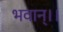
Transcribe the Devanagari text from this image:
भवान्।।